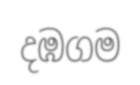
දඹගම